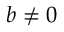
b \neq 0